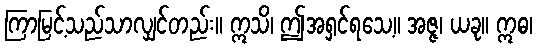
ကြာမြင့်သည်သာလျှင်တည်း။ ဣသိ၊ ဤအရှင်ရသေ့။ အဇ္ဇ၊ ယခု။ ဣဓ၊